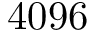
4 0 9 6